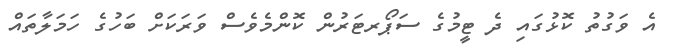
އެ ވަގުތު ކޮޅުގައި ދެ ޓީމުގެ ސަޕޯރޓަރުން ކޮންމެވެސް ވަރަކަށް ބަހުގެ ހަމަލާތައް